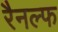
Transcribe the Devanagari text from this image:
रैनल्फ